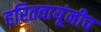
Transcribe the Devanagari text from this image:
हरितवायूंनीच